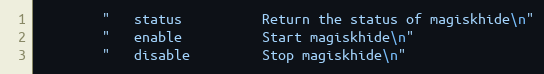
Language: C++
        "   status          Return the status of magiskhide\n"
        "   enable          Start magiskhide\n"
        "   disable         Stop magiskhide\n"